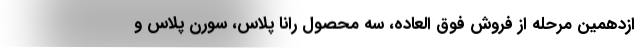
ازدهمین مرحله از فروش فوق العاده، سه محصول رانا پلاس، سورن پلاس و